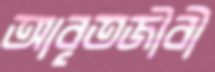
আবৃতজীবী